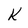
Character: k